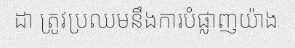
ដា ត្រូវប្រឈមនឹងការបំផ្លាញយ៉ាង